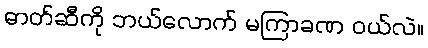
ဓာတ်ဆီကို ဘယ်လောက် မကြာခဏ ဝယ်လဲ။